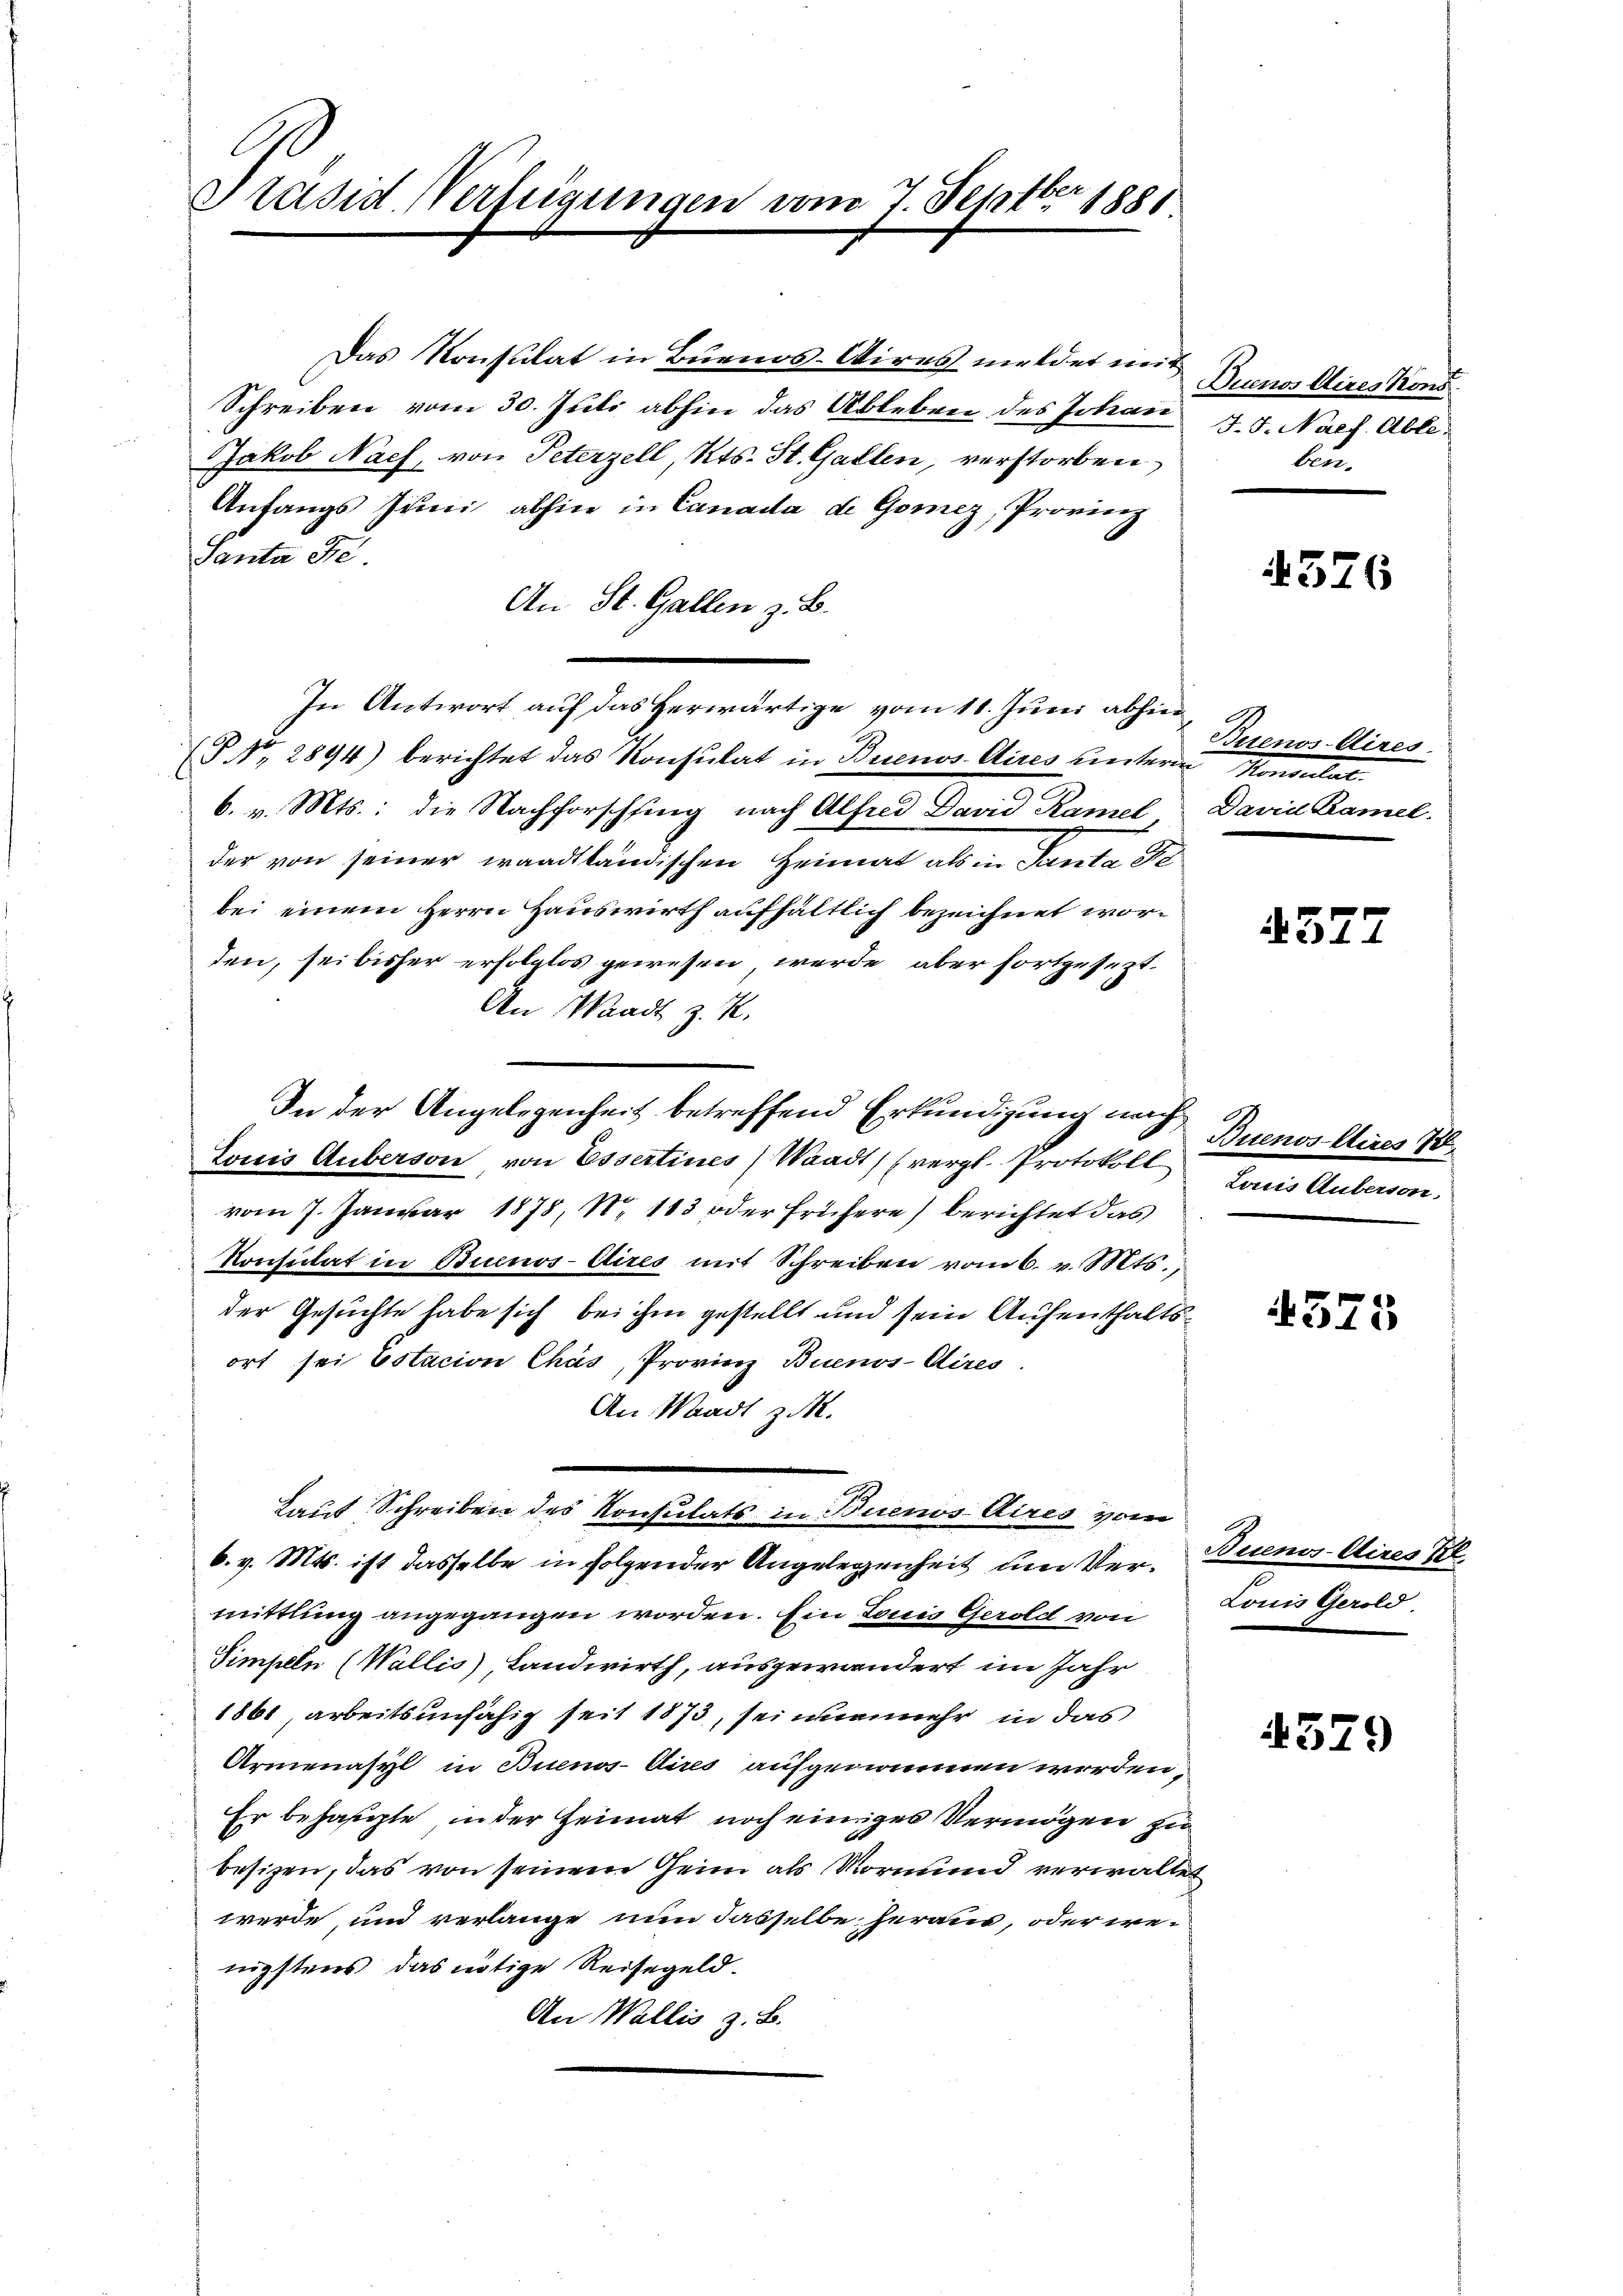
Ober
Präsid. Verfügungen vom 7. Sept. 1888

Das Konsulat in Buenos-Aires meldet mit
Schreiben vom 30. Juli abhin das Ableben des Johan J. J. Nach Able¬
Jakob Nach, von Peterzell, Kts. St. Gallen, verstorben,
Anfangs Juni abhin in Canada de Gomez, Provinz
Santa Fe
An St. Gallen z. B.
In Antwort auf das herwärtige vom 11. Juni abhin
PNo. 2894) berichtet das Konsulat in Buenos Aires hierterin Konsulat
6. v. Mts.: die Nachforschfing nach Alfred David Ramel David Kamel.
der von seiner waadtländischen Heimat als in Santa de
bei einem Herrn Hauswirth aufhältlich bezeichnet worten, sei bisher erfolglos gewesen, werde aber fortgesezt.
An Waadt z. Z.
Louis Aeberson, von Essertines (Waadt (vergl. Protokoll Louis Auberson.
vom 7. Januar 1878, No 113 oder frühere) berichtet das
Konsulat in Buenos-Dires mit Schreiben vom 6. v. Mts.,
der Gesuchte habe sich bei ihm gestellt und sein Aufenthaltsort sei Estacion Chás, Provinz Buenos-Aires.
An Waadt z.
Laut Schreiben des Konsulats in Buenos Aires vom
6. v. Mts. ist dasselbe in folgender Angelegenheit und Vermittlung angegangen worden. Ein Louis Gerold von
Simpeln (Wallis), Landwirth, ausgewandert im Jahr
1861, arbeitsunfähig seit 1873, sei nunmehr in das
Armenasyl in Buenos-Aires aufgenommen worden,
Er behagte in der Heimat noch einiges Vermögen zu
besizen, das von seinem Geim als Vormund verwalten
werde, und verlange nun dasselbe heraus, oder wenigstens, das nötige Reisegeld-
An Wallis z. B.

In der Angelegenheit betreffend Erkundigung nach

Duenos Aires Kons
lun¬

4526

Buenos-Aires.

2577

Buenos-Aires 18

375

Buenos-Aires Kl.
Lonis Gerold.

4579